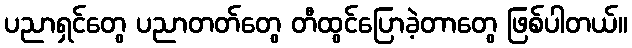
ပညာရှင်တွေ ပညာတတ်တွေ တီထွင်ပြောခဲ့တာတွေ ဖြစ်ပါတယ်။